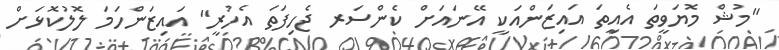
"މުޝް މޮޔަވީތަ އެއީތަ އައިޒަންއަކީ އޭނައަށް ކެންސަރ ޖެހިފަތަ އެހުރީ" އައިޒަންހަމަ ލޮލުކޮޅަށް